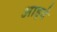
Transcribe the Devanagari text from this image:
आइवे